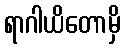
ရာဂါယိတောမှိ